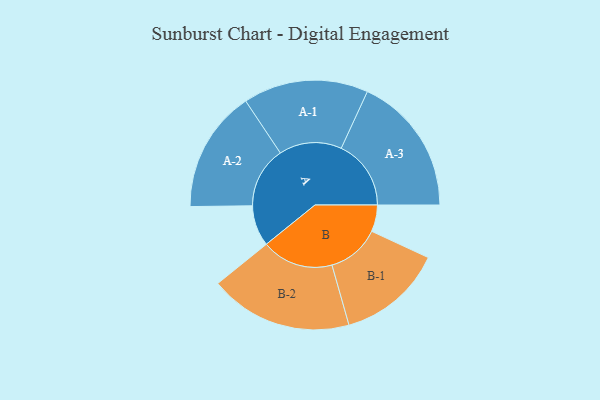
{"axis": {"x": "Segment", "y": "Value"}, "legend": ["", "A", "B"], "data": [{"x": "A", "y": 158, "type": ""}, {"x": "B", "y": 103, "type": ""}, {"x": "A-1", "y": 242, "type": "A"}, {"x": "A-2", "y": 236, "type": "A"}, {"x": "A-3", "y": 270, "type": "A"}, {"x": "B-1", "y": 204, "type": "B"}, {"x": "B-2", "y": 277, "type": "B"}]}